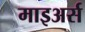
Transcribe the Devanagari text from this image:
माइअर्स